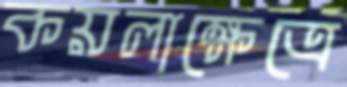
কয়লাক্ষেত্রে